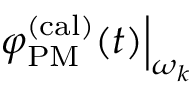
\left. \varphi _ { \mathrm { P M } } ^ { \mathrm { ( c a l ) } } ( t ) \right\vert _ { \omega _ { k } }